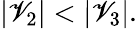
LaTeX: |\mathscr{V}_{2}|<|\mathscr{V}_{3}|.